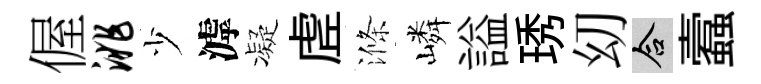
偓洮少滹凝虗滌嶙謚琇㓜合蠧